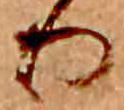
り